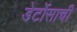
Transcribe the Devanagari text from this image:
डेर्टोसाची